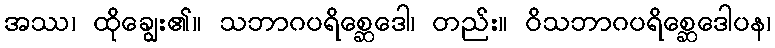
အဿ၊ ထိုချွေး၏။ သဘာဂပရိစ္ဆေဒေါ၊ တည်း။ ဝိသဘာဂပရိစ္ဆေဒေါပန၊